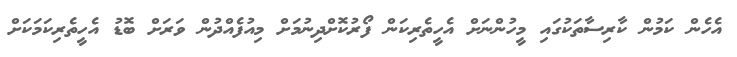
އެހެން ކަމުން ކާރިސާތަކުގައި މީހުންނަށް އެހީތެރިކަން ފޯރުކޮށްދިނުމަށް މިއުފެއްދުން ވަރަށް ބޮޑު އެހީތެރިކަމަކަށް